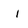
Character: i